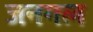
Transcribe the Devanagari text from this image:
जनगल